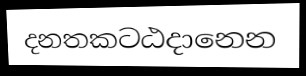
දනතකටඨදානෙන